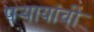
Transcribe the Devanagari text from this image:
पऱ्यायांची